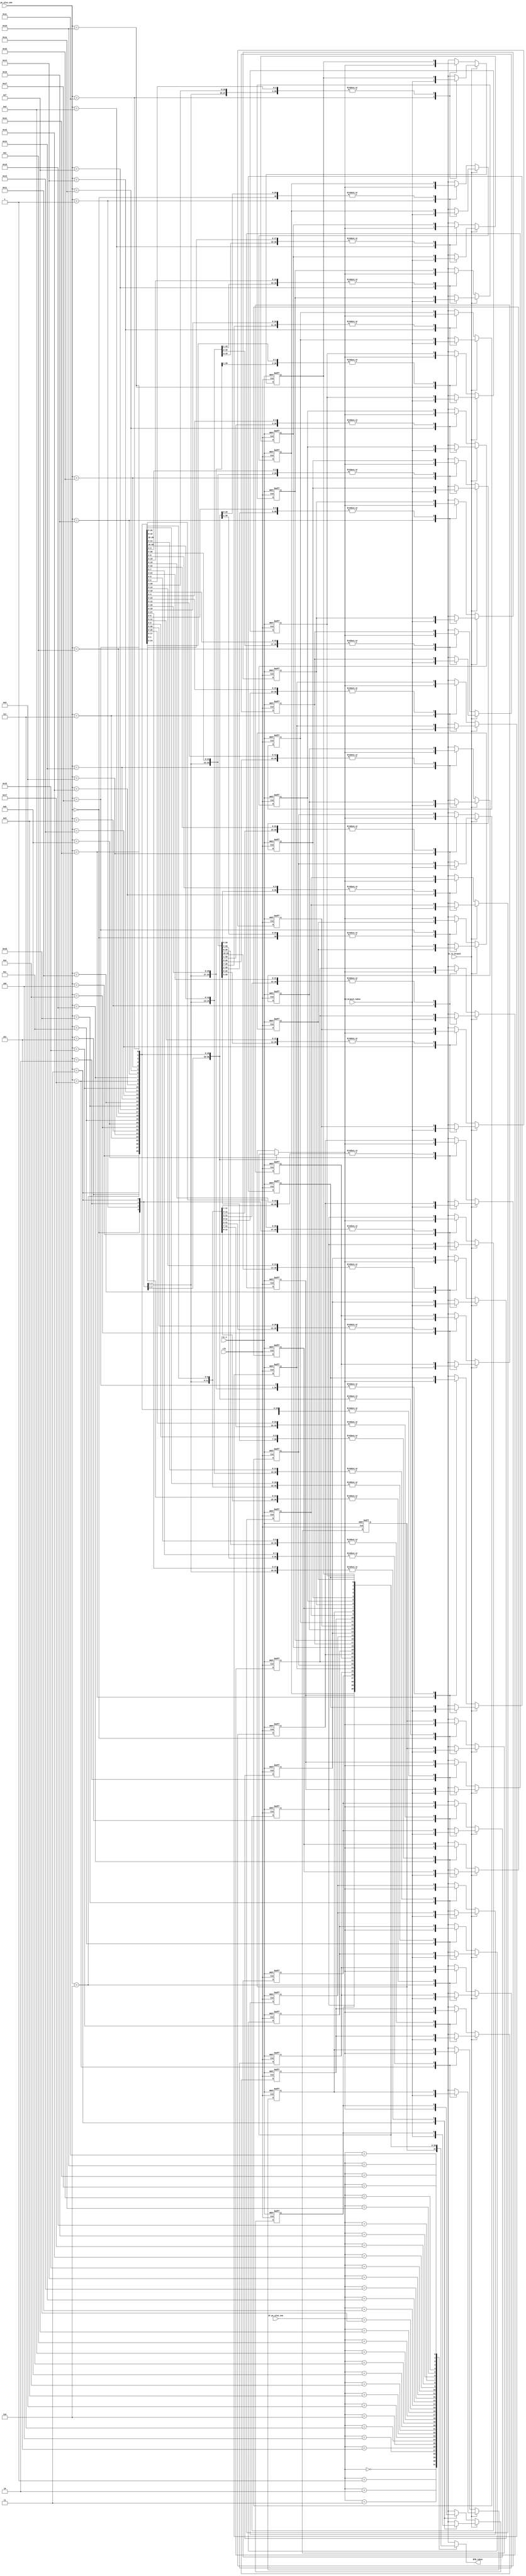
module BTB(clk, rst_n, IF_pc_plus_one, EX_is_branch, EX_pc_plus_one, EX_branch_taken,
           BTB_taken);
           
           input clk, rst_n, EX_is_branch, EX_branch_taken;
           input [4:0]  EX_pc_plus_one, IF_pc_plus_one;
           
           output BTB_taken;
           
           reg mem[31:0];	// {tag[13:0], branch_taken}
           reg [6:0] x;
  
           always @(posedge clk or negedge rst_n) begin
              if (!rst_n) begin
                for (x=0; x<32;  x = x + 1)
            	     mem[x] = 0;		// only valid & dirty bit are cleared, all others are x
              end else if(EX_is_branch) begin
                mem[EX_pc_plus_one[4:0]] = {EX_branch_taken};
              end else begin
                mem[EX_pc_plus_one[4:0]] = mem[EX_pc_plus_one[4:0]];
              end
            end
            	
            /////////////////////////////////////////////////////////////
            // If tag bits match and line is valid then we have a hit //
            ///////////////////////////////////////////////////////////
            assign BTB_taken = mem[IF_pc_plus_one[4:0]];
  
endmodule